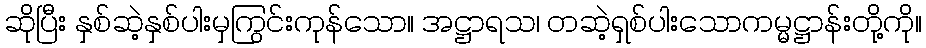
ဆိုပြီး နှစ်ဆဲ့နှစ်ပါးမှကြွင်းကုန်သော။ အဋ္ဌာရသ၊ တဆဲ့ရှစ်ပါးသောကမ္မဋ္ဌာန်းတို့ကို။